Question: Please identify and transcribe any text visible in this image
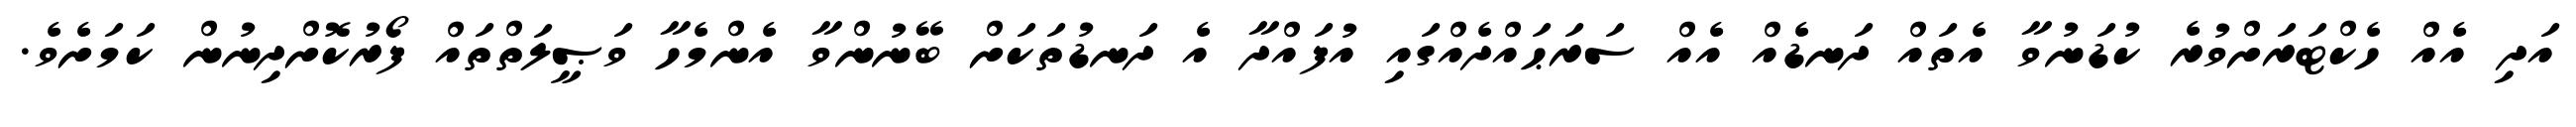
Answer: އަދި އެއް ހެކްޓަރަށްވުރެ ކުޑަނުވާ އެތައް ދަނޑެއް އެއް ސަރަޙައްދެއްގައި އުފައްދާ އެ ދަނޑުތަކަށް ބޭނުންވާ އެންމެހާ ވަޞީލަތްތައް ފޯރުކޮށްދިނުން ކަމަށެވެ.